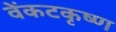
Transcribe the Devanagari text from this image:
वेंकटकृष्ण